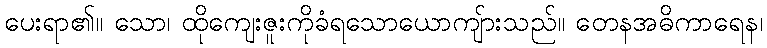
ပေးရာ၏။ သော၊ ထိုကျေးဇူးကိုခံရသောယောကျ်ားသည်။ တေနအဓိကာရေန၊